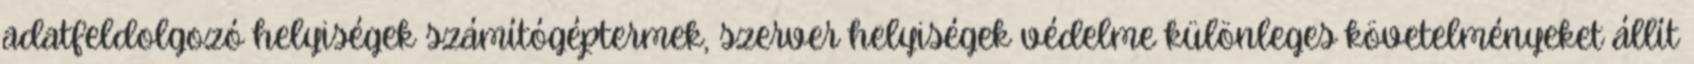
adatfeldolgozó helyiségek számítógéptermek, szerver helyiségek védelme különleges követelményeket állít